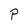
Character: P